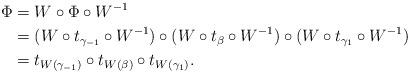
LaTeX: \begin{align*}\Phi &= W\circ \Phi\circ W^{-1}\\&=(W\circ t_{\gamma_{-1}}\circ W^{-1})\circ (W\circ t_{\beta} \circ W^{-1})\circ (W\circ t_{\gamma_{1}}\circ W^{-1})\\&=t_{W(\gamma_{-1})}\circ t_{W(\beta)} \circ t_{W(\gamma_{1})}. \end{align*}